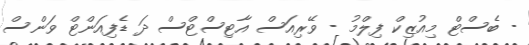
- ބެސްޓް މިއުޒިކް ފިލްމު - ވޭރިއަސް އާޓިސްޓްސް ދަ ޑެފިއަންޓް ވަންސް